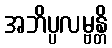
အဘိပ္ပလမ္ဗန္တိ